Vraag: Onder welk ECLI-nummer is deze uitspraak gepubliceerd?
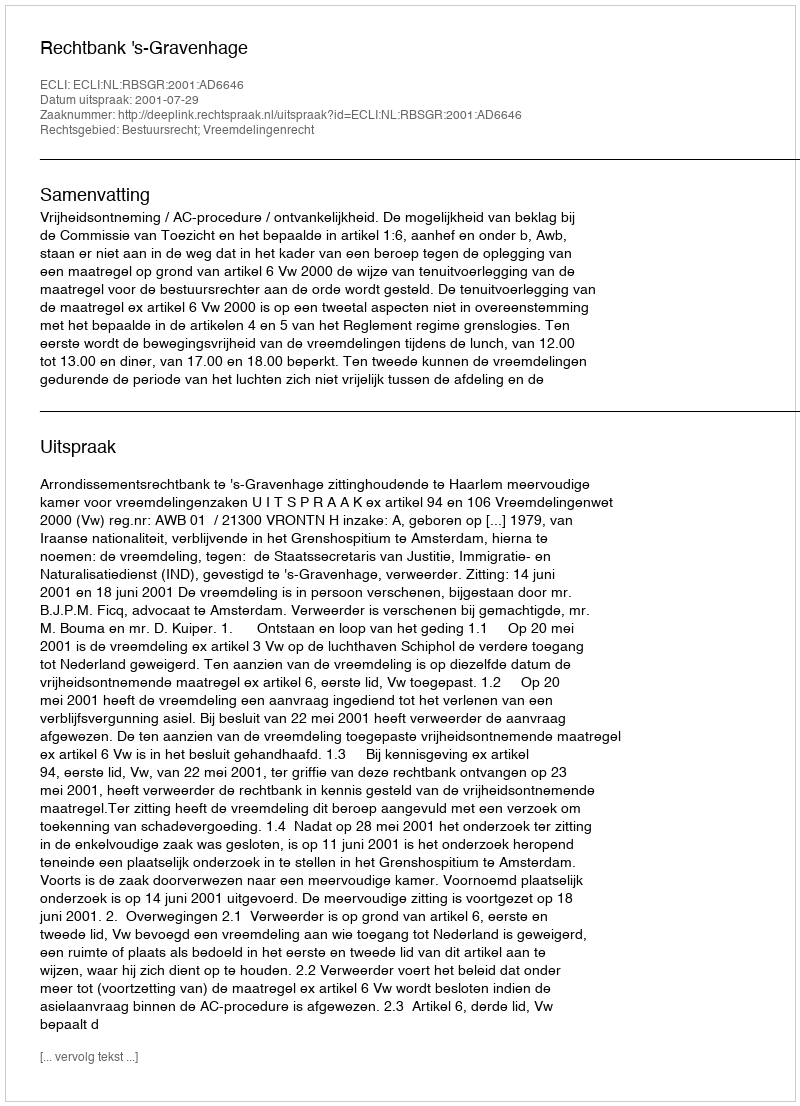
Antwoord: ECLI:NL:RBSGR:2001:AD6646